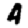
Digit: 4